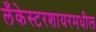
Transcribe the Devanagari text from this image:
लँकेस्टरशायरमधील